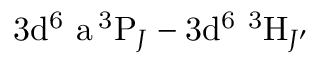
\mathrm { 3 d ^ { 6 } \ a \, ^ { 3 } P } _ { J } - \mathrm { 3 d ^ { 6 } \ ^ { 3 } H } _ { J ^ { \prime } }